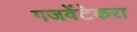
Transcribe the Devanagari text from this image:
गजवेंटेकरा